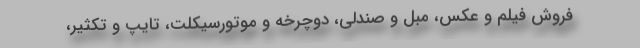
فروش فیلم و عکس، مبل و صندلی، دوچرخه و موتورسیکلت، تایپ و تکثیر،